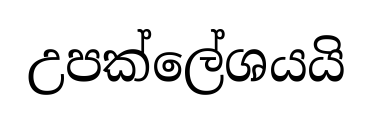
උපක්ලේශයයි